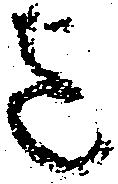
迄